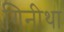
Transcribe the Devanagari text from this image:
गिनीथा